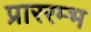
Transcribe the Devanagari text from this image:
प्राररम्भ